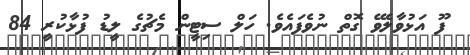
ފޫ އަޅުވާލެވޭ ގޮތް ނުވެފައެވެ. ހަލް ސިޓީން މެޗުގެ ލީޑު ފުޅާކުރީ 84